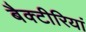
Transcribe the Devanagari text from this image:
बैक्टीरियां